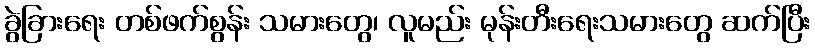
ခွဲခြားရေး တစ်ဖက်စွန်း သမားတွေ၊ လူမည်း မုန်းတီးရေးသမားတွေ ဆက်ပြီး